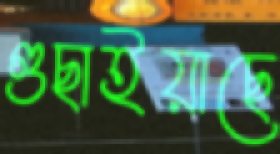
গুছাইয়াছে